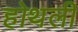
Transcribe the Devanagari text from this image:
होथली